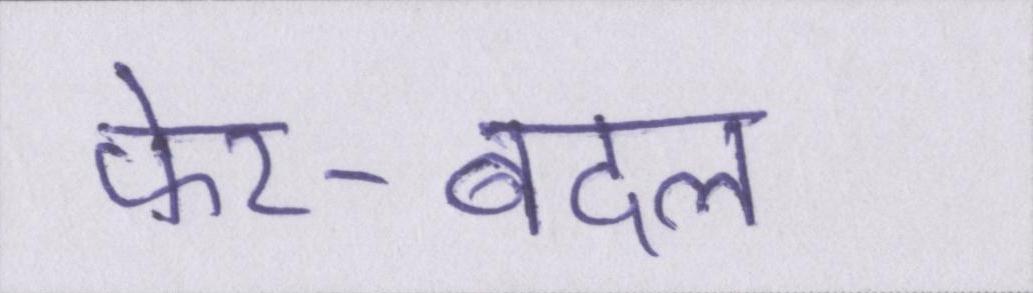
फेर-बदल